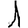
Digit: 1